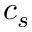
c _ { s }